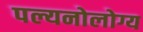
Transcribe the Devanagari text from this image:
पल्यनोलोग्य